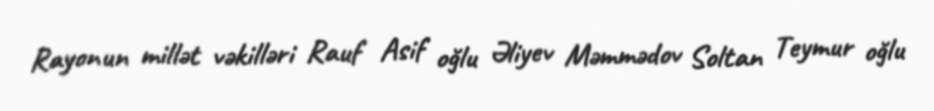
Rayonun millət vəkilləri Rauf Asif oğlu Əliyev Məmmədov Soltan Teymur oğlu